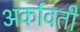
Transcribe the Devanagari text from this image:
अर्कावती